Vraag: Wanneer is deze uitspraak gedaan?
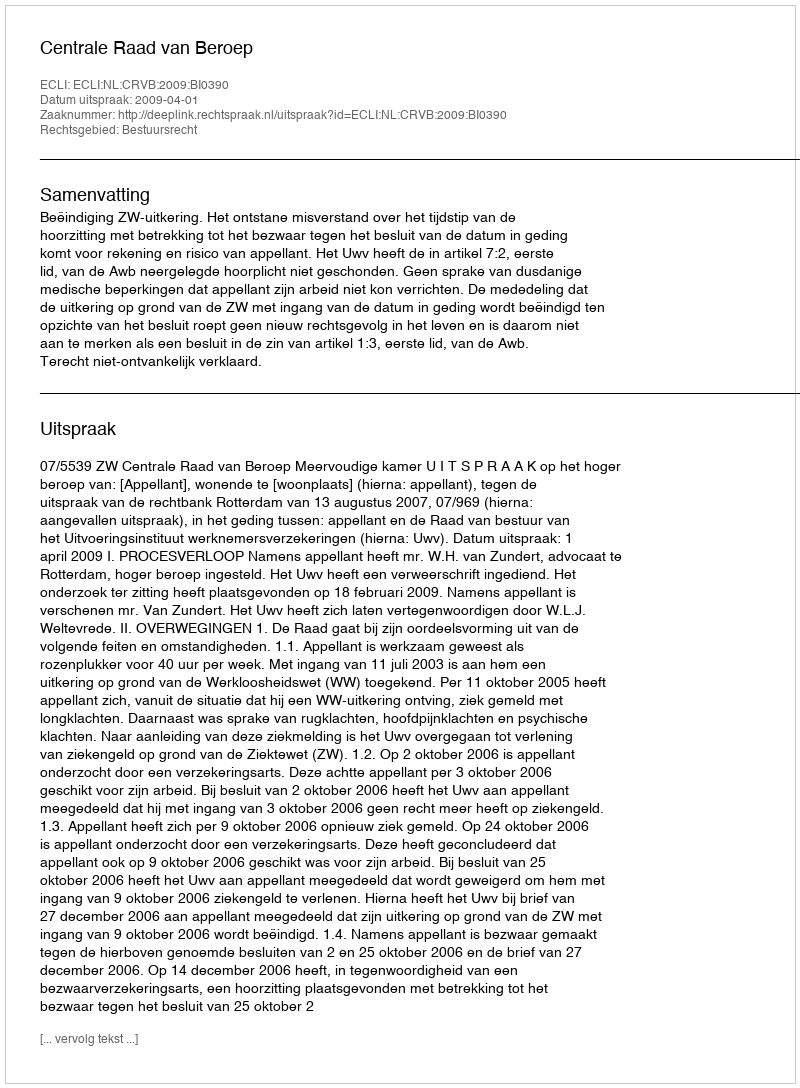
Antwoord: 2009-04-01